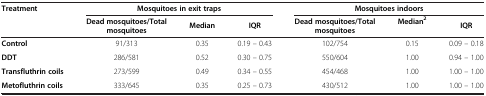
| Treatment | <COLSPAN=3> Mosquitoes in exit traps | <COLSPAN=3> Mosquitoes indoors |
 |  | Dead mosquitoes/Total mosquitoes | Median | IQR | Dead mosquitoes/Total mosquitoes | Median2 | IQR |
 | --- | --- | --- | --- | --- | --- | --- |
 | Control | 91/313 | 0.35 | 0.19 – 0.43 | 102/754 | 0.15 | 0.09 – 0.18 |
 | DDT | 286/581 | 0.52 | 0.30 – 0.75 | 550/604 | 1.00 | 0.94 – 1.00 |
 | Transfluthrin coils | 273/599 | 0.49 | 0.34 – 0.55 | 454/468 | 1.00 | 1.00 – 1.00 |
 | Metofluthrin coils | 333/645 | 0.35 | 0.25 – 0.73 | 430/512 | 1.00 | 1.00 – 1.00 |